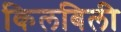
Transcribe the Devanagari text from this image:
किलबिली